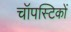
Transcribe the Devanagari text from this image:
चॉपस्टिकों